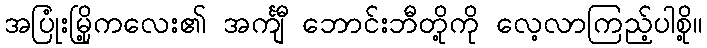
အပြုံးမြို့ကလေး၏ အင်္ကျီ ဘောင်းဘီတို့ကို လေ့လာကြည့်ပါစို့။